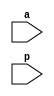
`timescale 1ns / 1ps

module squarer_4bit(input [3:0]a, input [7:0]p);
    wire [5:1]w;
    assign p[0]=a[0];
    assign p[1]=1'b0;
    assign p[2]=a[1]&~(a[0]);
    ha_df ha1(a[1]&a[0],a[2]&a[0],p[3],w[1]);
    fa_df fa1(a[3]&a[0],a[2]&~a[1],w[1],p[4],w[2]);
    fa_df fa2(a[3]&a[1],a[2]&a[1],w[2],p[5],w[3]);
    ha_df ha2(a[3]&~a[2],w[3],p[6],w[4]);
    ha_df ha3(a[3]&a[2],w[4],p[7],w[5]);
endmodule

module ha_df(input a,b,output s,cout);
assign s=a^b;
assign cout=a&b;
endmodule

module fa_df(input a,b,cin,output s,cout);
assign s=a^b^cin;
assign cout=((a^b)&cin)|(a&b);
endmodule